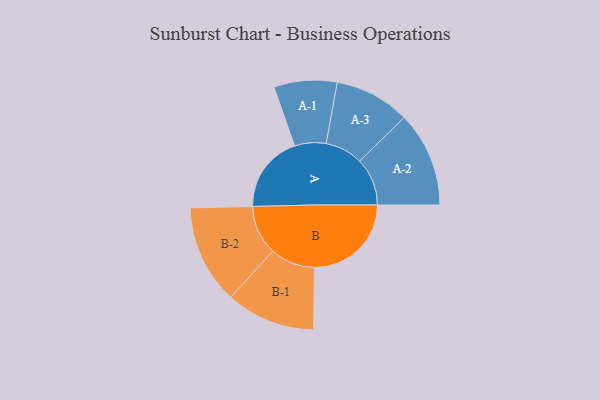
{"axis": {"x": "Segment", "y": "Value"}, "legend": ["", "A", "B"], "data": [{"x": "A", "y": 373, "type": ""}, {"x": "B", "y": 468, "type": ""}, {"x": "A-1", "y": 152, "type": "A"}, {"x": "A-2", "y": 230, "type": "A"}, {"x": "A-3", "y": 182, "type": "A"}, {"x": "B-1", "y": 216, "type": "B"}, {"x": "B-2", "y": 239, "type": "B"}]}